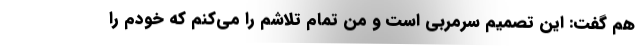
هم گفت: این تصمیم سرمربی است و من تمام تلاشم را می‌کنم که خودم را